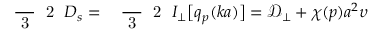
\mathrm { ~ \small ~ \displaystyle ~ \frac ~ { ~ 3 ~ } ~ { ~ 2 ~ } ~ } \ensuremath { D _ { s } } = \mathrm { ~ \small ~ \displaystyle ~ \frac ~ { ~ 3 ~ } ~ { ~ 2 ~ } ~ } I _ { \perp } \bigl [ q _ { p } ( k a ) \bigr ] = \ensuremath { \mathcal { D } _ { \perp } } + \chi ( p ) a ^ { 2 } \upsilon